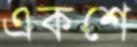
একশে